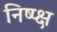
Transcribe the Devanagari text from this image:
निष्प्क्ष